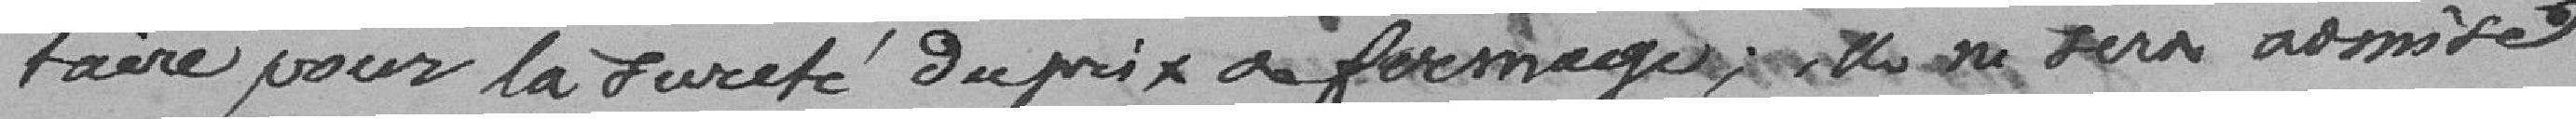
-taire pour la Sureté du prix de fermage; elle ne sera admise